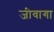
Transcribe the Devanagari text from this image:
जीवागा